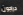
دراجون